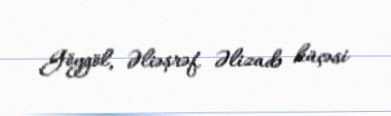
Göygöl, Əliəşrəf Əlizadə küçəsi